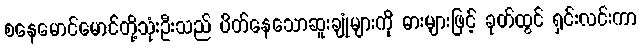
စနေမောင်မောင်တို့သုံးဦးသည် ပိတ်နေသောဆူးချုံများကို ဓားများဖြင့် ခုတ်ထွင် ရှင်းလင်းကာ